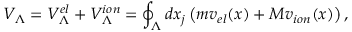
V _ { \Lambda } = V _ { \Lambda } ^ { e l } + V _ { \Lambda } ^ { i o n } = \oint _ { \Lambda } d x _ { j } \left( m v _ { e l } ( x ) + M v _ { i o n } ( x ) \right) ,